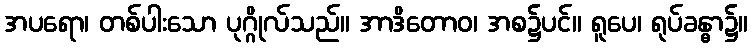
အပရော၊ တစ်ပါးသော ပုဂ္ဂိုလ်သည်။ အာဒိတောဝ၊ အစ၌ပင်။ ရူပေ၊ ရုပ်ခန္ဓာ၌။